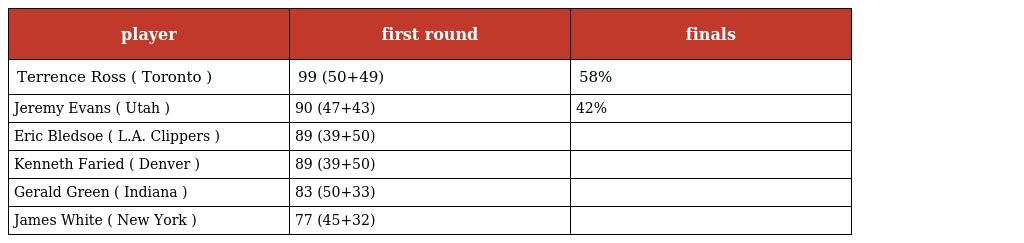
| player | first round | finals |
 | --- | --- | --- |
 | Terrence Ross ( Toronto ) | 99 (50+49) | 58% |
 | Jeremy Evans ( Utah ) | 90 (47+43) | 42% |
 | Eric Bledsoe ( L.A. Clippers ) | 89 (39+50) |  |
 | Kenneth Faried ( Denver ) | 89 (39+50) |  |
 | Gerald Green ( Indiana ) | 83 (50+33) |  |
 | James White ( New York ) | 77 (45+32) |  |